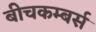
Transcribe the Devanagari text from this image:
बीचकम्बर्स